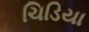
ચિડિયા